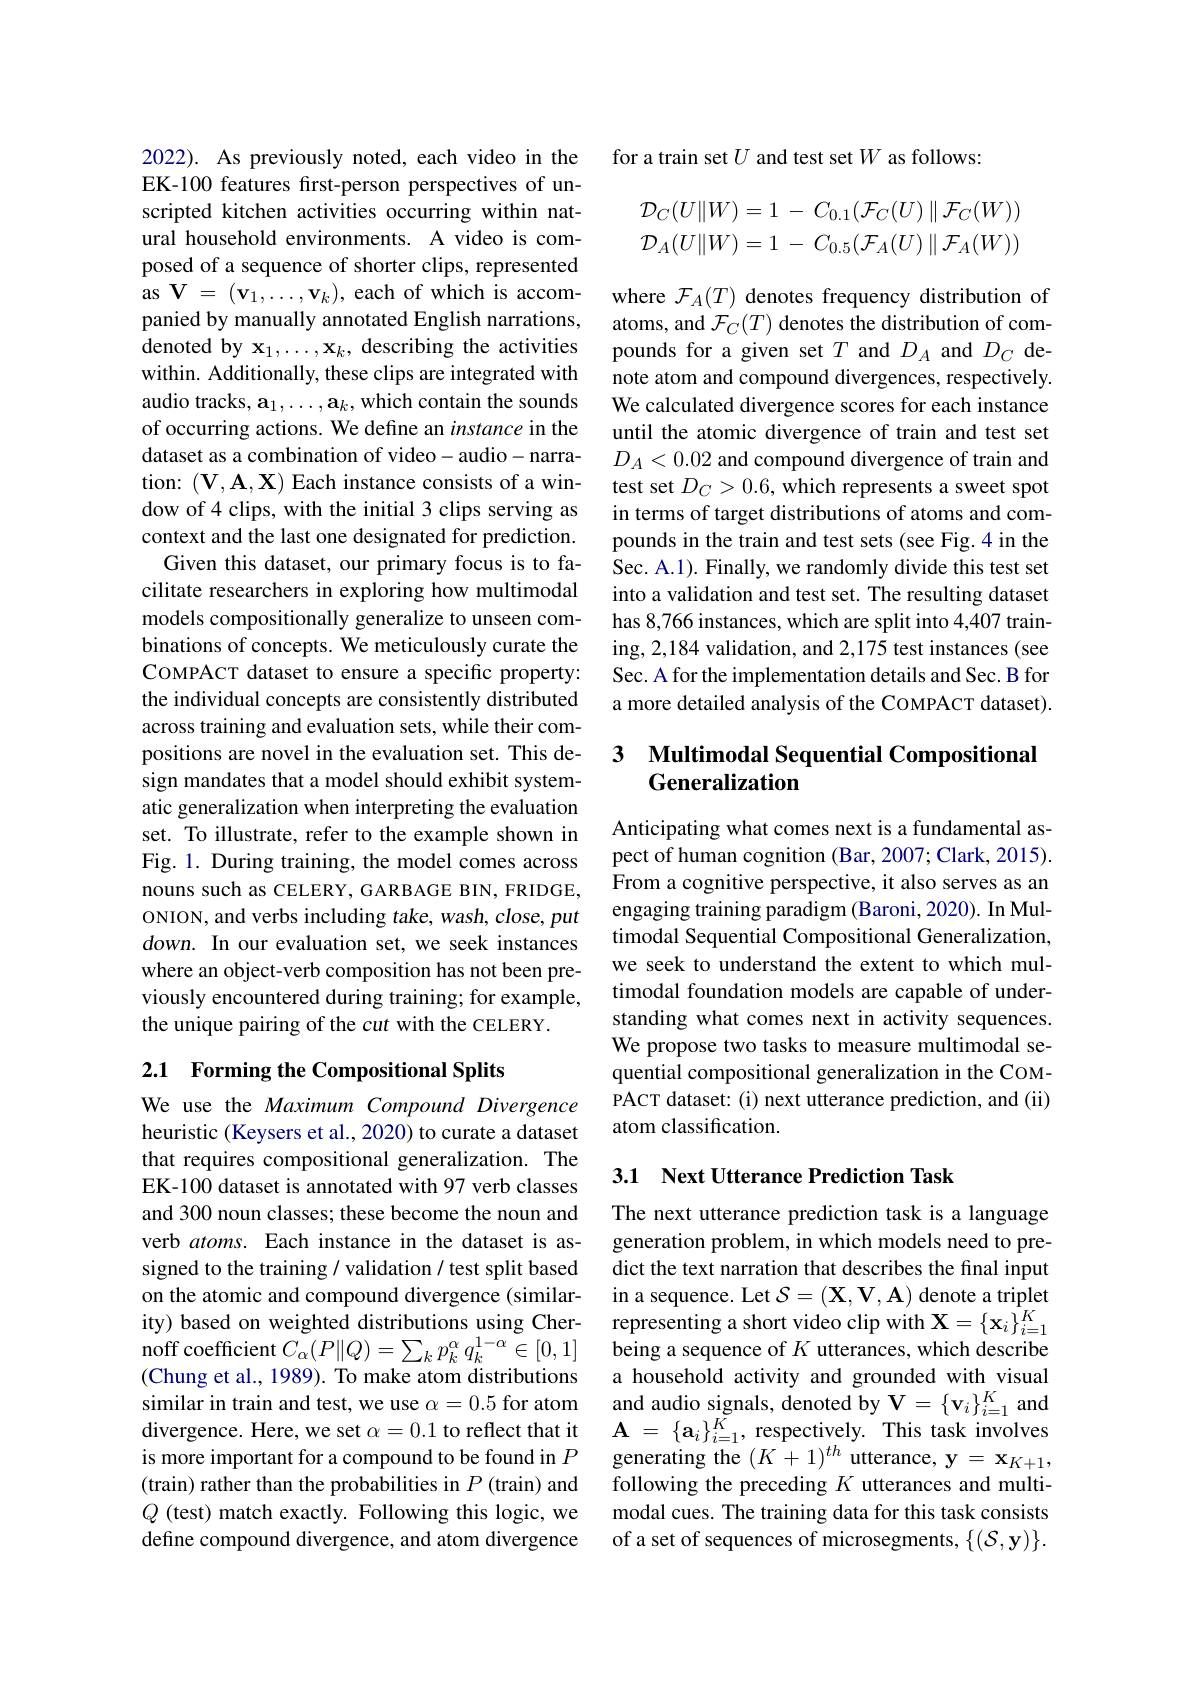
2022). As previously noted, each video in the EK-100 features first-person perspectives of unscripted kitchen activities occurring within natural household environments. A video is composed of a sequence of shorter clips, represented as $\mathbf{V}=(\mathbf{v}_1,\ldots,\mathbf{v}_k)$,each of which is accompanied by manually annotated English narrations, denoted by $\mathbf{x}_1,\ldots,\mathbf{x}_k$, describing the activities within. Additionally, these clips are integrated with audio tracks, $\mathbf{a}_1,\ldots,\mathbf{a}_k$,which contain the sounds of occurring actions. We define an instance in the dataset as a combination of video- audio- narration: $(\mathbf{V},\mathbf{A},\mathbf{X})$ Each instance consists of a window of4 clips, with the initial 3 clips serving as context and the last one designated for prediction. Given this dataset, our primary focus is to facilitate researchers in exploring how multimodal models compositionally generalize to unseen combinations of concepts. We meticulously curate the COMPACT dataset to ensure a specific property: the individual concepts are consistently distributed across training and evaluation sets, while their compositions are novel in the evaluation set. This design mandates that a model should exhibit systematic generalization when interpreting the evaluation set. To illustrate, refer to the example shown in Fig. 1. During training, the model comes across nouns such as CELERY, GARBAGE BIN, FRIDGE, ONION, and verbs including take, wash, close, put $down.$ In our evaluation set, we seek instances where an object-verb composition has not been previously encountered during training; for example, the unique pairing of the cut with the CELERY.

## 2.1 Forming the Compositional Splits

We use the Maximum Compound Divergence heuristic (Keysers et al., 2020) to curate a dataset that requires compositional generalization. The EK-100 dataset is annotated with 97 verb classes and 300 noun classes; these become the noun and verb $atoms.$ Each instance in the dataset is assigned to the training / validation / test split based on the atomic and compound divergence (similarity) based on weighted distributions using Chernoff coefficient $C_{\alpha}(P\|Q)=\sum_{k}p_{k}^{\alpha}q_{k}^{1-\alpha}\in[0,1]$ (Chung et al., 1989). To make atom distributions similar in train and test, we use $\alpha=0.5$ for atom divergence. Here, we set $\alpha = 0. 1$ to reflect that it$\mathbf{A} = \{ \mathbf{a} _{i}\} _{i= 1}^{K}$, respectively. This task involves is more important for a compound to be found in $P$generating the $( K+ 1) ^{th}$ utterance, y$= \mathbf{x} _{K+ 1}$,
(train) rather than the probabilities in $P$ (train) and $Q$ (test) match exactly. Following this logic, we define compound divergence, and atom divergence

for a train set $U$ and test set $W$ as follows:
$$\begin{aligned}\mathcal{D}_C(U\|W)&=1\:-\:C_{0.1}(\mathcal{F}_C(U)\parallel\mathcal{F}_C(W))\\\mathcal{D}_A(U\|W)&=1\:-\:C_{0.5}(\mathcal{F}_A(U)\parallel\mathcal{F}_A(W))\end{aligned}$$
where $\mathcal{F}_A(T)$ denotes frequency distribution of atoms, and $\mathcal{F}_C(T)$ denotes the distribution of compounds for a given set $T$ and $D_A$ and $D_C$ denote atom and compound divergences, respectively. We calculated divergence scores for each instance until the atomic divergence of train and test set $D_A<0.02$ and compound divergence of train and test set $D_C>0.6$, which represents a sweet spot in terms of target distributions of atoms and compounds in the train and test sets (see Fig.4 in the Sec. A.1). Finally, we randomly divide this test set into a validation and test set. The resulting dataset has 8,766 instances, which are split into 4,407 training, 2,184 validation, and 2,175 test instances (see Sec. A for the implementation details and Sec. B for a more detailed analysis of the COMPACT dataset).

# 3 Multimodal Sequential Compositional Generalization

Anticipating what comes next is a fundamental aspect of human cognition (Bar, 2007; Clark, 2015). From a cognitive perspective, it also serves as an engaging training paradigm (Baroni, 2020). In Multimodal Sequential Compositional Generalization, we seek to understand the extent to which multimodal foundation models are capable of understanding what comes next in activity sequences. We propose two tasks to measure multimodal sequential compositional generalization in the COMPACT dataset: (i) next utterance prediction, and (ii) atom classification.

## 3.1 Next Utterance Prediction Task

The next utterance prediction task is a language generation problem, in which models need to predict the text narration that describes the final input in a sequence. Let $\mathcal{S}=(\mathbf{X},\mathbf{V},\mathbf{A})$ denote a triplet representing a short video clip with $\mathbf{X}=\{\mathbf{x}_{i}\}_{i=1}^{K}$ being a sequence of $K$ utterances, which describe a household activity and grounded with visual and audio signals, denoted by $\mathbf{V}=\{\mathbf{v}_i\}_{i=1}^K$ and following the preceding $K$ utterances and multimodal cues. The training data for this task consists of a set of sequences of microsegments, $\{(\mathcal{S},\mathbf{y})\}.$